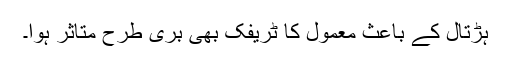
ہڑتال کے باعث معمول کا ٹریفک بھی بری طرح متاثر ہوا۔